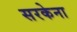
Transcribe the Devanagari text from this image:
सरकेना